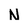
Character: N